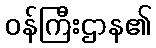
ဝန်ကြီးဌာန၏